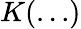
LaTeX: K(\dots)